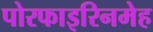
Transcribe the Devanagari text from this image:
पोरफाइरिनमेह